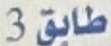
طايق3